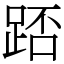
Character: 踎